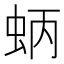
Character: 蛃